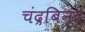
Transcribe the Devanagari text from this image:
चंद्रबिन्दु